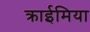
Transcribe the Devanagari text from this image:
क्राईमिया